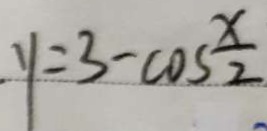
y = 3 - \cos \frac { x } { 2 }